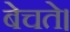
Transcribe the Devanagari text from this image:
बेचते।